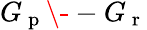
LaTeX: G_{\mathrm{~p~}}\- -G_{\mathrm{~r~}}